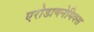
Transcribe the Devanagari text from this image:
एरोडायनेमिक्स